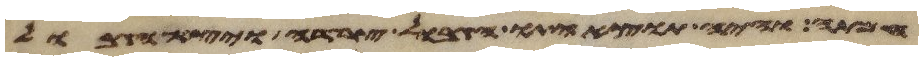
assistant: חמתה והיה תוצאיתו הגבול צרדה ויצא הגבול